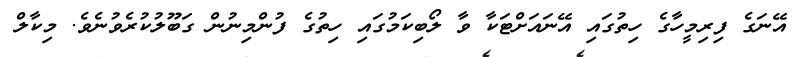
އޭނަގެ ފިރިމީހާގެ ހިތުގައި އޭނައަށްޓަކާ ވާ ލޯބިކަމުގައި ހިތުގެ ފުންމިނުން ގަބޫލުކުރެވުނެވެ. މިކާލް